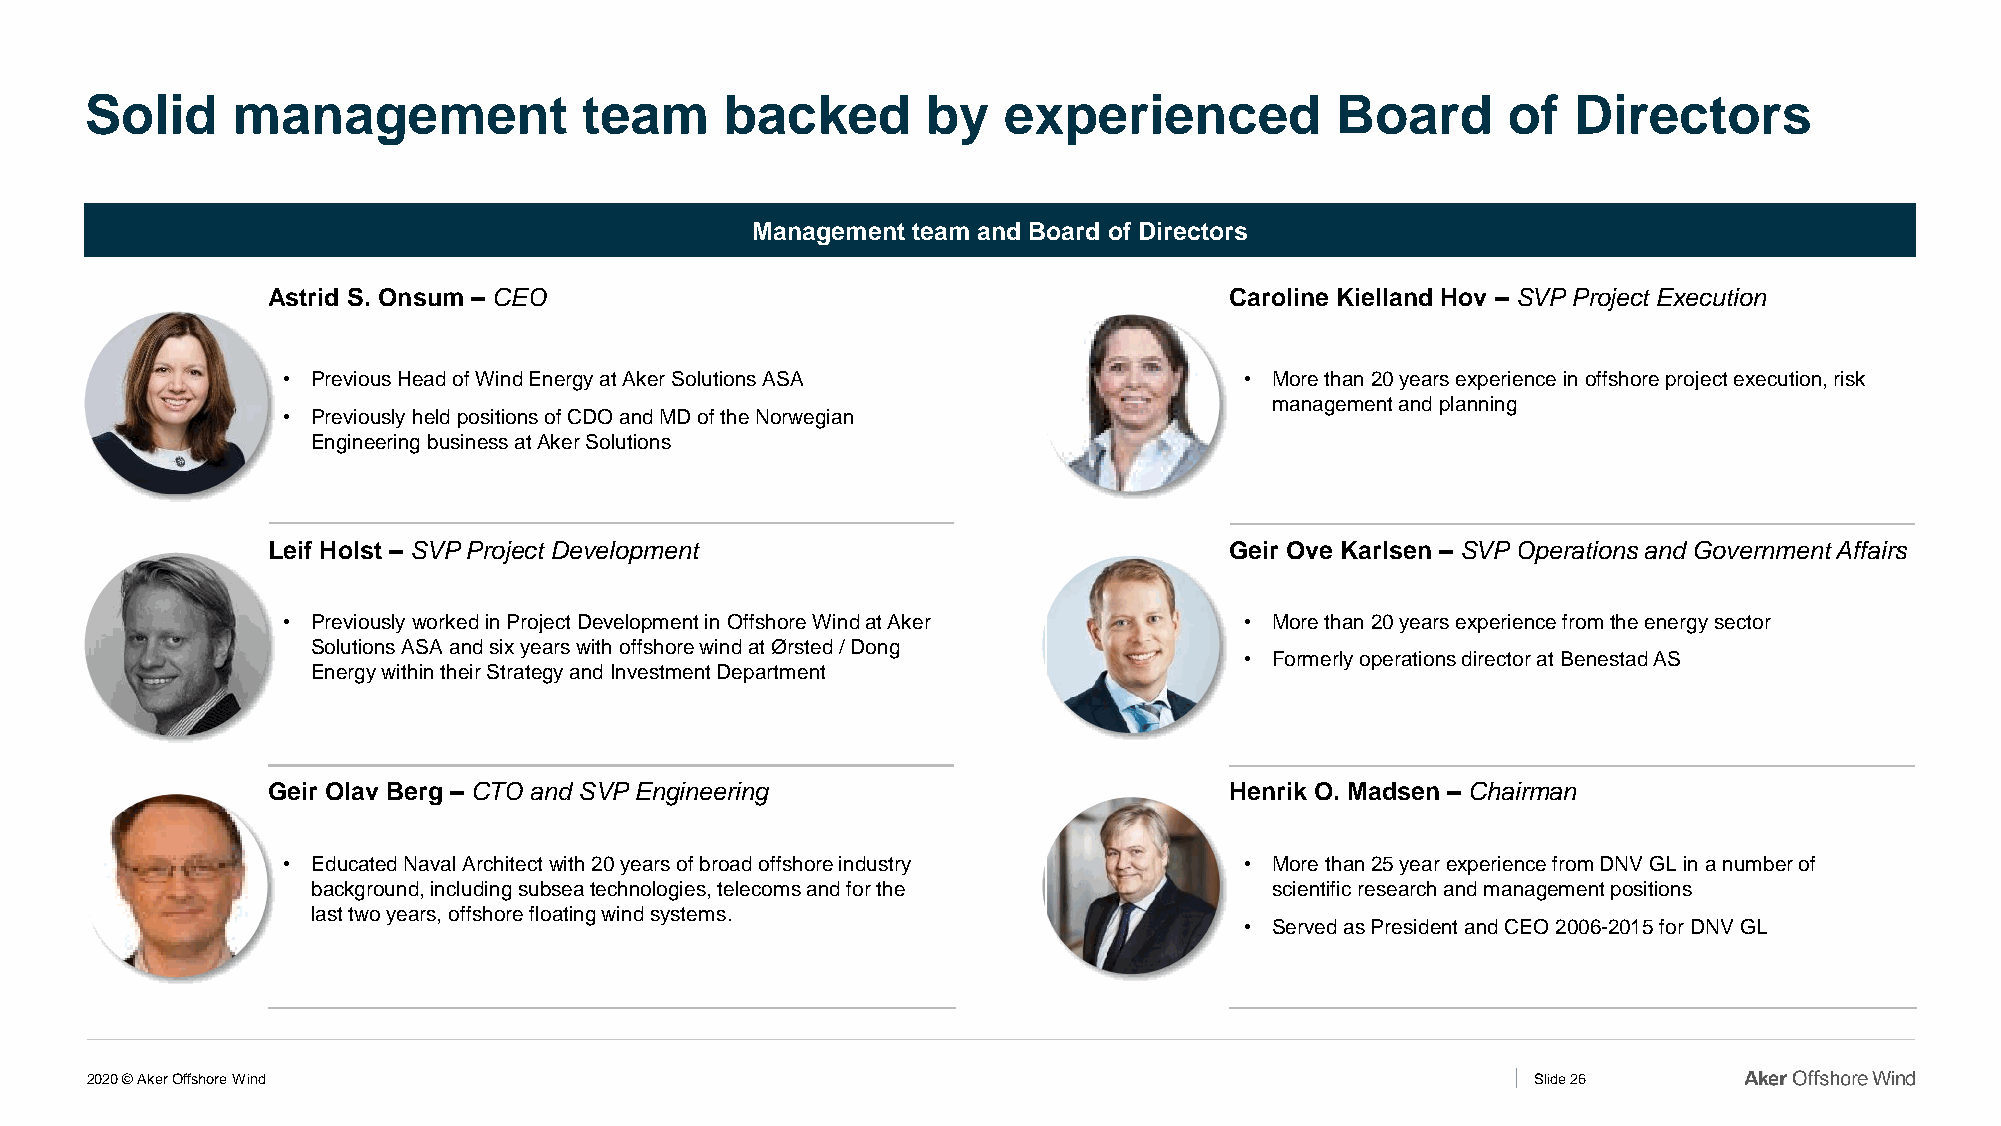
Solid    management              team     backed       by   experienced           Board       of  Directors
 Management team and Board of Directors
 Astrid S. Onsum – CEO                                          Caroline Kielland Hov – SVP Project Execution
 • Previous Head of Wind Energy at Aker Solutions ASA           • More than 20 years experience in offshore project execution, risk
 management and planning
 • Previously held positions of CDO and MD of the Norwegian
 Engineering business at Aker Solutions
 Leif Holst – SVP Project Development                           Geir Ove Karlsen – SVP Operations and Government Affairs
 • Previously worked in Project Development in Offshore Wind at Aker • More than 20 years experience from the energy sector
 Solutions ASA and six years with offshore wind at Ørsted / Dong
 • Formerly operations director at Benestad AS
 Energy within their Strategy and Investment Department
 Geir Olav Berg – CTO and SVP Engineering                       Henrik O. Madsen – Chairman
 • Educated Naval Architect with 20 years of broad offshore industry • More than 25 year experience from DNV GL in a number of
 background, including subsea technologies, telecoms and for the scientific research and management positions
 last two years, offshore floating wind systems.
 • Served as President and CEO 2006-2015 for DNV GL
 2020 © Aker Offshore Wind                                                                       Slide 26